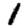
Digit: 1